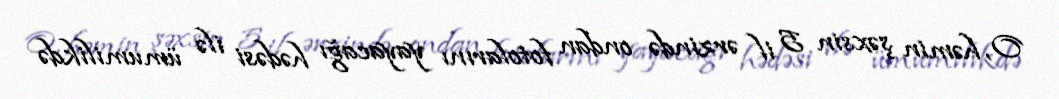
O, həmin şəxsin 5 il ərzində ondan fotolarını yayacağı hədəsi ilə ümumilikdə